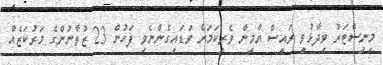
މިނިސްޓަރު ވިދާޅުވީ ރައީސް ޔާމީން ވެރިކަމަށް ވަޑައިގެންނެވި ފަހުން 23 ޒުވާނުންގެ މަރުކަޒެއް